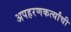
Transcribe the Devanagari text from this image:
अपहरणकर्त्यांची